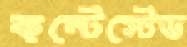
কন্টেস্টেড